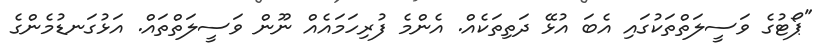
"ޕޯޓުގެ ވަސީލަތްތަކުގައި އެބަ އުޅޭ ދަތިތަކެއް. އެންމެ ފުރިހަމައެއް ނޫން ވަސީލަތްތައް. އަޅުގަނޑުމެންގެ